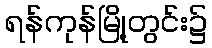
ရန်ကုန်မြို့တွင်း၌